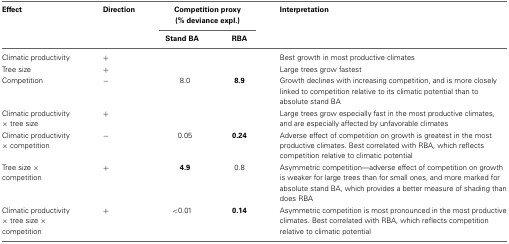
<table><thead><tr><td><b>Effect</b></td><td><b>Direction</b></td><td colspan="2"><b>Competition proxy (% deviance expl.)</b></td><td><b>Interpretation</b></td></tr><tr><td></td><td></td><td><b>Stand BA</b></td><td><b>RBA</b></td><td></td></tr></thead><tbody><tr><td>Climatic productivity</td><td>+</td><td></td><td></td><td>Best growth in most productive climates</td></tr><tr><td>Tree size</td><td>+</td><td></td><td></td><td>Large trees grow fastest</td></tr><tr><td>Competition</td><td>−</td><td>8.0</td><td><b>8.9</b></td><td>Growth declines with increasing competition, and is more closely linked to competition relative to its climatic potential than to absolute stand BA</td></tr><tr><td>Climatic productivity × tree size</td><td>+</td><td></td><td></td><td>Large trees grow especially fast in the most productive climates, and are especially affected by unfavorable climates</td></tr><tr><td>Climatic productivity × competition</td><td>−</td><td>0.05</td><td><b>0.24</b></td><td>Adverse effect of competition on growth is greatest in the most productive climates. Best correlated with RBA, which reflects competition relative to climatic potential</td></tr><tr><td>Tree size × competition</td><td>+</td><td><b>4.9</b></td><td>0.8</td><td>Asymmetric competition—adverse effect of competition on growth is weaker for large trees than for small ones, and more marked for absolute stand BA, which provides a better measure of shading than does RBA</td></tr><tr><td>Climatic productivity × tree size × competition</td><td>+</td><td>&lt;0.01</td><td><b>0.14</b></td><td>Asymmetric competition is most pronounced in the most productive climates. Best correlated with RBA, which reflects competition relative to climatic potential</td></tr></tbody></table>